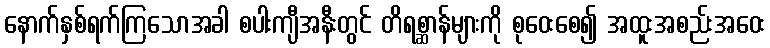
နောက်နှစ်ရက်ကြသောအခါ စပါးကျီအနီးတွင် တိရစ္ဆာန်များကို စုဝေးစေ၍ အထူးအစည်းအဝေး